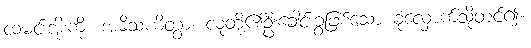
ထမင်းအိုးကို။ အဓိသယိတွာ၊ လူတို့၏ဦးခေါင်းခွံဖြစ်သော ခုံလှောက်သို့တင်၍။